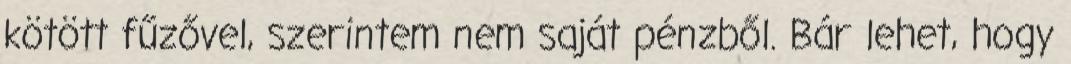
kötött fűzővel, szerintem nem saját pénzből. Bár lehet, hogy